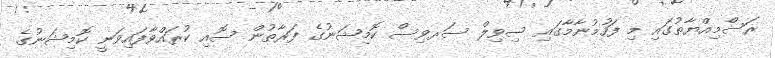
ރަސްމިއްޔާތުގައި މި ފަހުމުނާމާގައި ސިވިލް ސަރވިސް ކޮމިޝަނުގެ ފަރާތުން ސޮއި ކުރައްވާފައިވަނީ ކޮމިޝަނުގެ